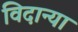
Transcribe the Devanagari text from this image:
विदान्या